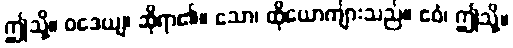
ဤသို့။ ဝဒေယျ၊ ဆိုရာ၏။ သော၊ ထိုယောကျ်ားသည်။ ဧဝံ၊ ဤသို့။